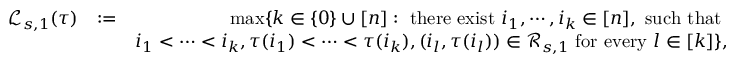
\begin{array} { r l r } { \mathcal { L } _ { s , 1 } ( \tau ) } & { : = } & { \operatorname* { m a x } \{ k \in \{ 0 \} \cup [ n ] : \mathrm { ~ t h e r e ~ e x i s t ~ } i _ { 1 } , \cdots , i _ { k } \in [ n ] , \mathrm { ~ s u c h ~ t h a t ~ } } \\ & { } & { i _ { 1 } < \cdots < i _ { k } , \tau ( i _ { 1 } ) < \cdots < \tau ( i _ { k } ) , ( i _ { l } , \tau ( i _ { l } ) ) \in \mathcal { R } _ { s , 1 } \mathrm { ~ f o r ~ e v e r y ~ } l \in [ k ] \} , } \\ & { } & \end{array}